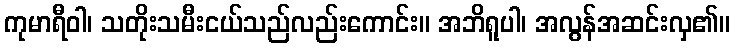
ကုမာရီဝါ၊ သတိုးသမီးငယ်သည်လည်းကောင်း။ အဘိရူပါ၊ အလွန်အဆင်းလှ၏။